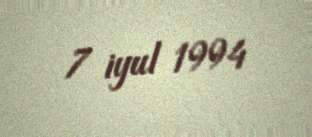
7 iyul 1994